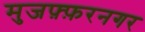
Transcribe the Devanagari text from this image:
मुजफ़्फ़रनगर